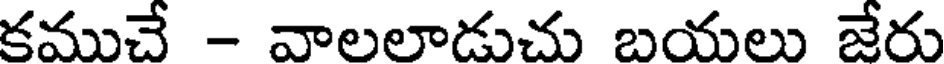
కముచే - వాలలాడుచు బయలు జేరు